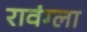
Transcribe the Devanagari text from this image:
रावंग्ला